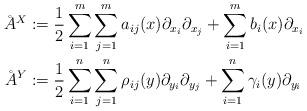
LaTeX: \begin{align*}\AA^X &:= \frac{1}{2} \sum_{i = 1}^m \sum_{j = 1}^m a_{ij}(x) \partial_{x_i} \partial_{x_j} + \sum_{i = 1}^m b_i(x) \partial_{x_i}\\\AA^Y &:= \frac{1}{2} \sum_{i = 1}^n \sum_{j = 1}^n \rho_{ij}(y) \partial_{y_i} \partial_{y_j} + \sum_{i = 1}^n \gamma_i(y) \partial_{y_i}\end{align*}